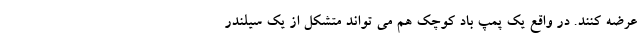
عرضه کنند. در واقع یک پمپ باد کوچک هم می تواند متشکل از یک سیلندر